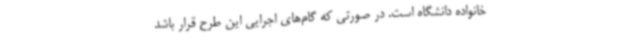
خانواده دانشگاه است. در صورتی که گام‌های اجرایی این طرح قرار باشد